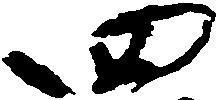
四